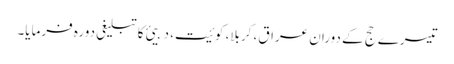
تیسرے حج کے دوران عراق، کربلا، کوئیت، دبیئ کا تبلیغی دورہ فرمایا۔